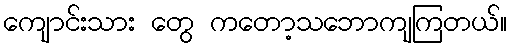
ကျောင်းသား တွေ ကတော့သဘောကျကြတယ်။